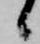
候